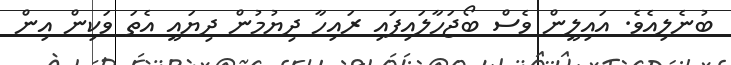
ބުނެލިއެވެ. އައިލީން ވެސް ބޯޖަހާލައިފައި ރައިހާ ދިޔުމުން ދިޔައީ އެތަ ވަކިން އިން